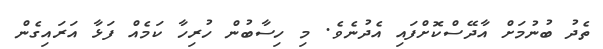
ތެދު ބުނުމަށް އާދޭސްކޮށްފައި އެދުނެވެ. މި ހިސާބުން ހުރިހާ ކަމެއް ފަޅާ އަރައިގެން